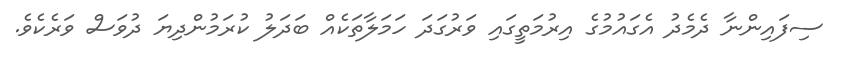
ސިފައިންނާ ދެމެދު އެގައުމުގެ އިރުމަތީގައި ވަރުގަދަ ހަމަލާތަކެއް ބަދަލު ކުރަމުންދިޔަ ދުވަސް ވަރެކެވެ.